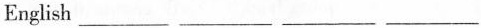
English___ ___ ___ ___